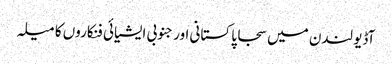
آڈیو لندن میں سجا پاکستانی اور جنوبی ایشیائی فنکاروں کا میلہ